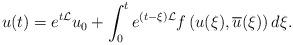
LaTeX: \begin{align*}u(t) = e^{ t \mathcal{L}} u_0 + \int_0^t e^{ (t- \xi) \mathcal{L}} f \left(u(\xi), \overline u(\xi) \right) d\xi.\end{align*}